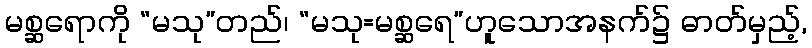
မစ္ဆရောကို “မသု”တည်၊ “မသု=မစ္ဆရေ”ဟူသောအနက်၌ ဓာတ်မှည့်,